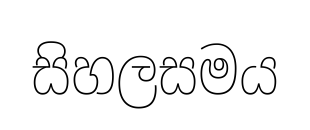
සිහලසමය